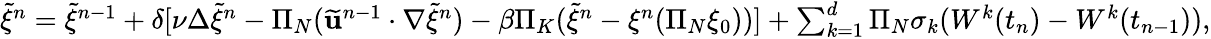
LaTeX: \begin{array}{r}{\widetilde{\xi}^{n}=\widetilde{\xi}^{n-1}+\delta[\nu\Delta\widetilde{\xi}^{n}-\Pi_{N}(\widetilde{\mathbf{u}}^{n-1}\cdot\nabla\widetilde{\xi}^{n})-\beta\Pi_{K}(\widetilde{\xi}^{n}-\xi^{n}(\Pi_{N}\xi_{0}))]+\sum_{k=1}^{d}\Pi_{N}\sigma_{k}(W^{k}(t_{n})-W^{k}(t_{n-1})),}\end{array}